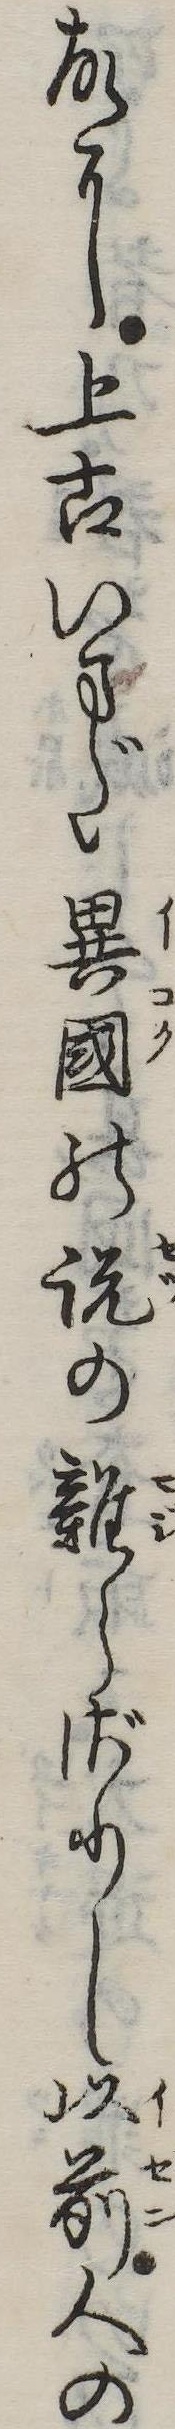
故に上古いまだ異国の説の雑らざりし以前人の